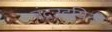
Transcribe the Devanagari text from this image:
चंद्रउदयिनी